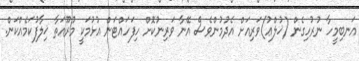
އަނބިމީހާ ނުރުހިގެން (ޚުލްޢު)ވަރިއަށް އެދުމުންވެސް އޭނާ ވަރިނުކޮށް ހިފަހައްޓަން އުޅުމަކީ މުރޫއަތާ ޚިލާފުކަމެއްކަން.